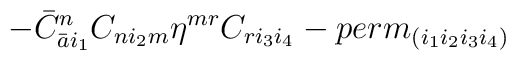
- {\bar C}_{{\bar a} i_1}^n C_{n i_2 m} \eta^{mr} C_{r i_3 i_4} -perm_{(i_1 i_2 i_3 i_4)}